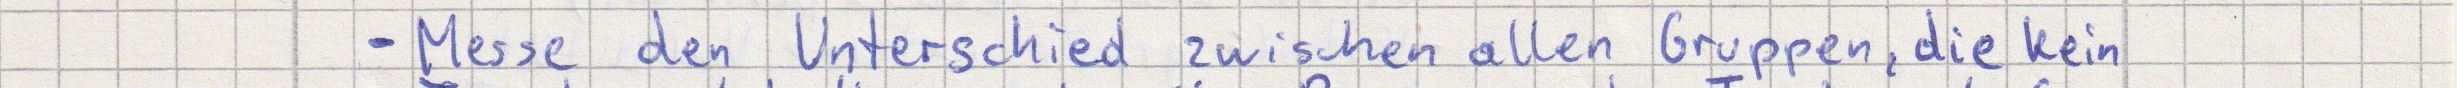
- Messe den Unterschied zwischen allen Gruppen, die kein